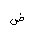
Letter: _dad